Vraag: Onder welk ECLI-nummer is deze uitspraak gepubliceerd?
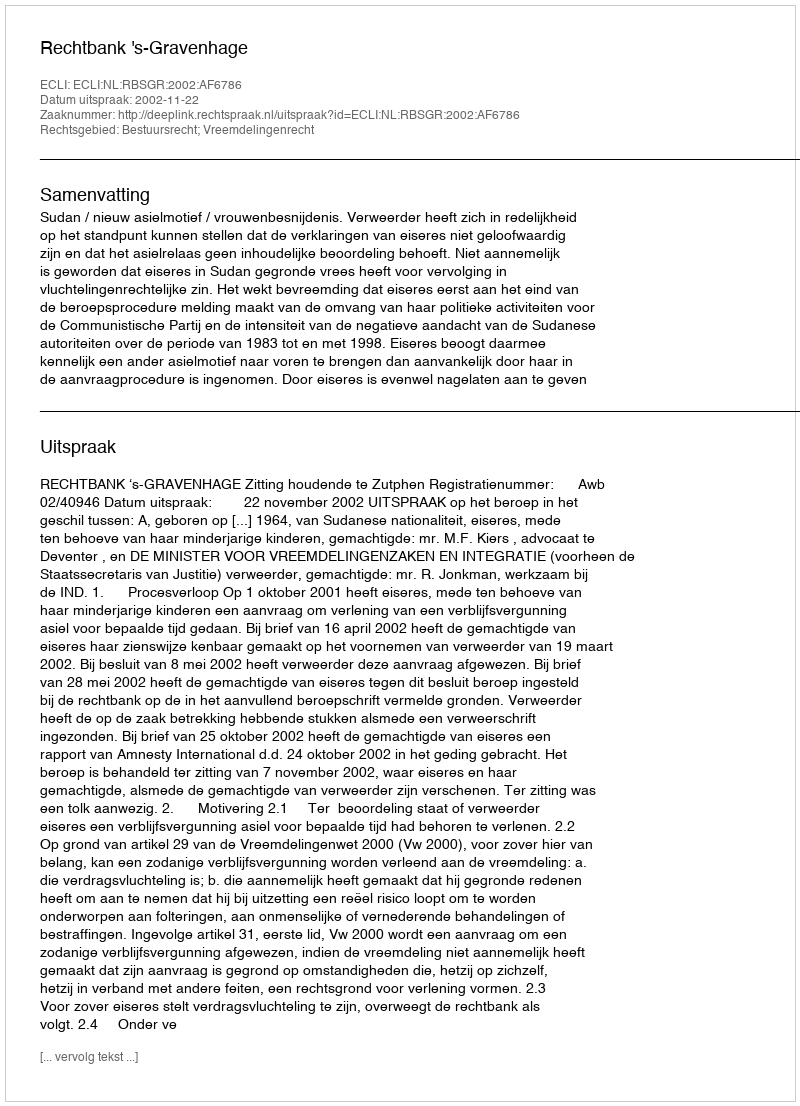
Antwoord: ECLI:NL:RBSGR:2002:AF6786